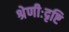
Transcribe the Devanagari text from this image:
श्रेणीःदृष्टि